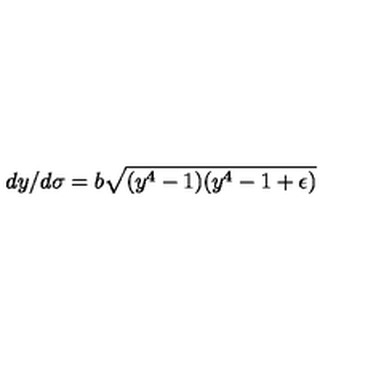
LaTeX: d y / d \sigma = b \sqrt { ( y ^ { 4 } - 1 ) ( y ^ { 4 } - 1 + \epsilon ) }